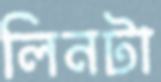
লিনটা